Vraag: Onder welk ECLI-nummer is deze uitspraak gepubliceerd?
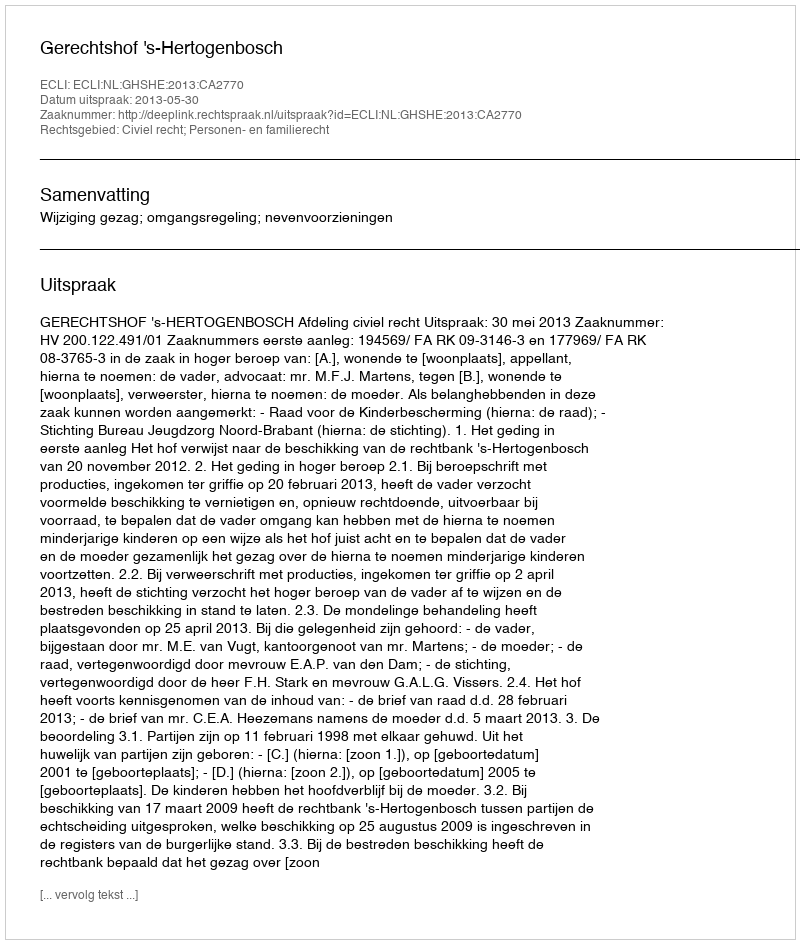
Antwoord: ECLI:NL:GHSHE:2013:CA2770